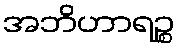
အဘိဟာရဉ္စ